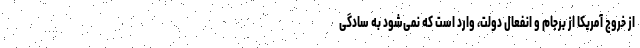
از خروج آمریکا از برجام و انفعال دولت، وارد است که نمی‌شود به سادگی